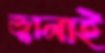
জ্বালাই